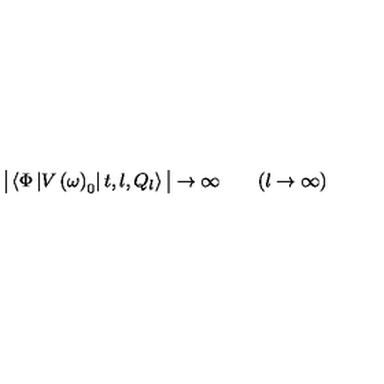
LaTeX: \big | \left\langle \Phi \left| V \left( \omega \right) _ { 0 } \right| t , l , Q _ { l } \right\rangle \big | \to \infty \qquad ( l \to \infty )